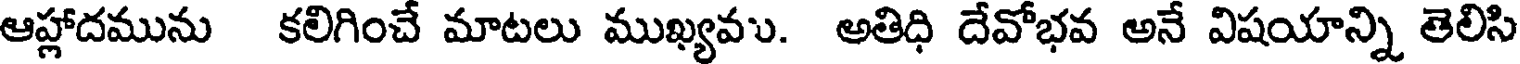
ఆహ్లాదమును కలిగించే మాటలు ముఖ్యవు. అతిధి దేవోభవ అనే విషయాన్ని తెలిసి